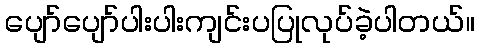
ပျော်ပျော်ပါးပါးကျင်းပပြုလုပ်ခဲ့ပါတယ်။